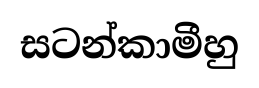
සටන්කාමීහු